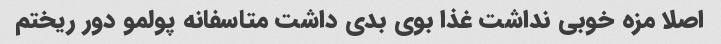
اصلا مزه خوبی نداشت غذا بوی بدی داشت متاسفانه پولمو دور ریختم